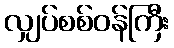
လျှပ်စစ်ဝန်ကြီး